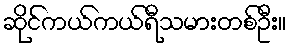
ဆိုင်ကယ်ကယ်ရီသမားတစ်ဦး။